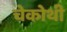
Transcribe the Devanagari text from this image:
चेकोथी